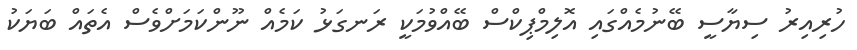
ހުރިއިރު ސިޔާސީ ބޭނުމެއްގައި އޮލިމްޕިކްސް ބޭއްވުމަކީ ރަނގަޅު ކަމެއް ނޫންކަމަށްވެސް އެތައް ބަޔަކު